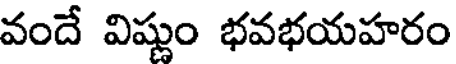
వందే విష్ణుం భవభయహరం